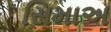
સિમાઅ